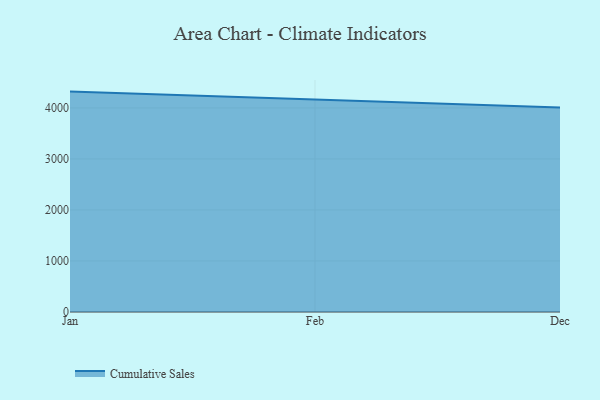
{"axis": {"x": "Month", "y": "Production Output"}, "legend": ["Cumulative Sales"], "data": [{"x": "Jan", "y": 4319.7, "type": "Cumulative Sales"}, {"x": "Feb", "y": 4163.3, "type": "Cumulative Sales"}, {"x": "Dec", "y": 4005.7, "type": "Cumulative Sales"}]}